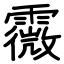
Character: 霺